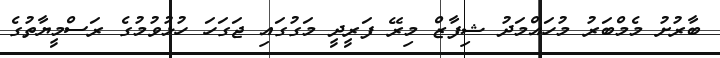
ބާރުށު މެމްބަރު މުހައްމަދު ޝިފާޒް މިރޭ ފަރީދީ މަގުގައި ޖަގަހަ ހުޅުވުމުގެ ރަސްމީޔާތުގެ